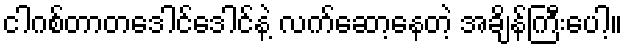
ငါဂစ်တာတဒေါင်ဒေါင်နဲ့ လက်ဆော့နေတဲ့ အချိန်ကြီးပေါ့။